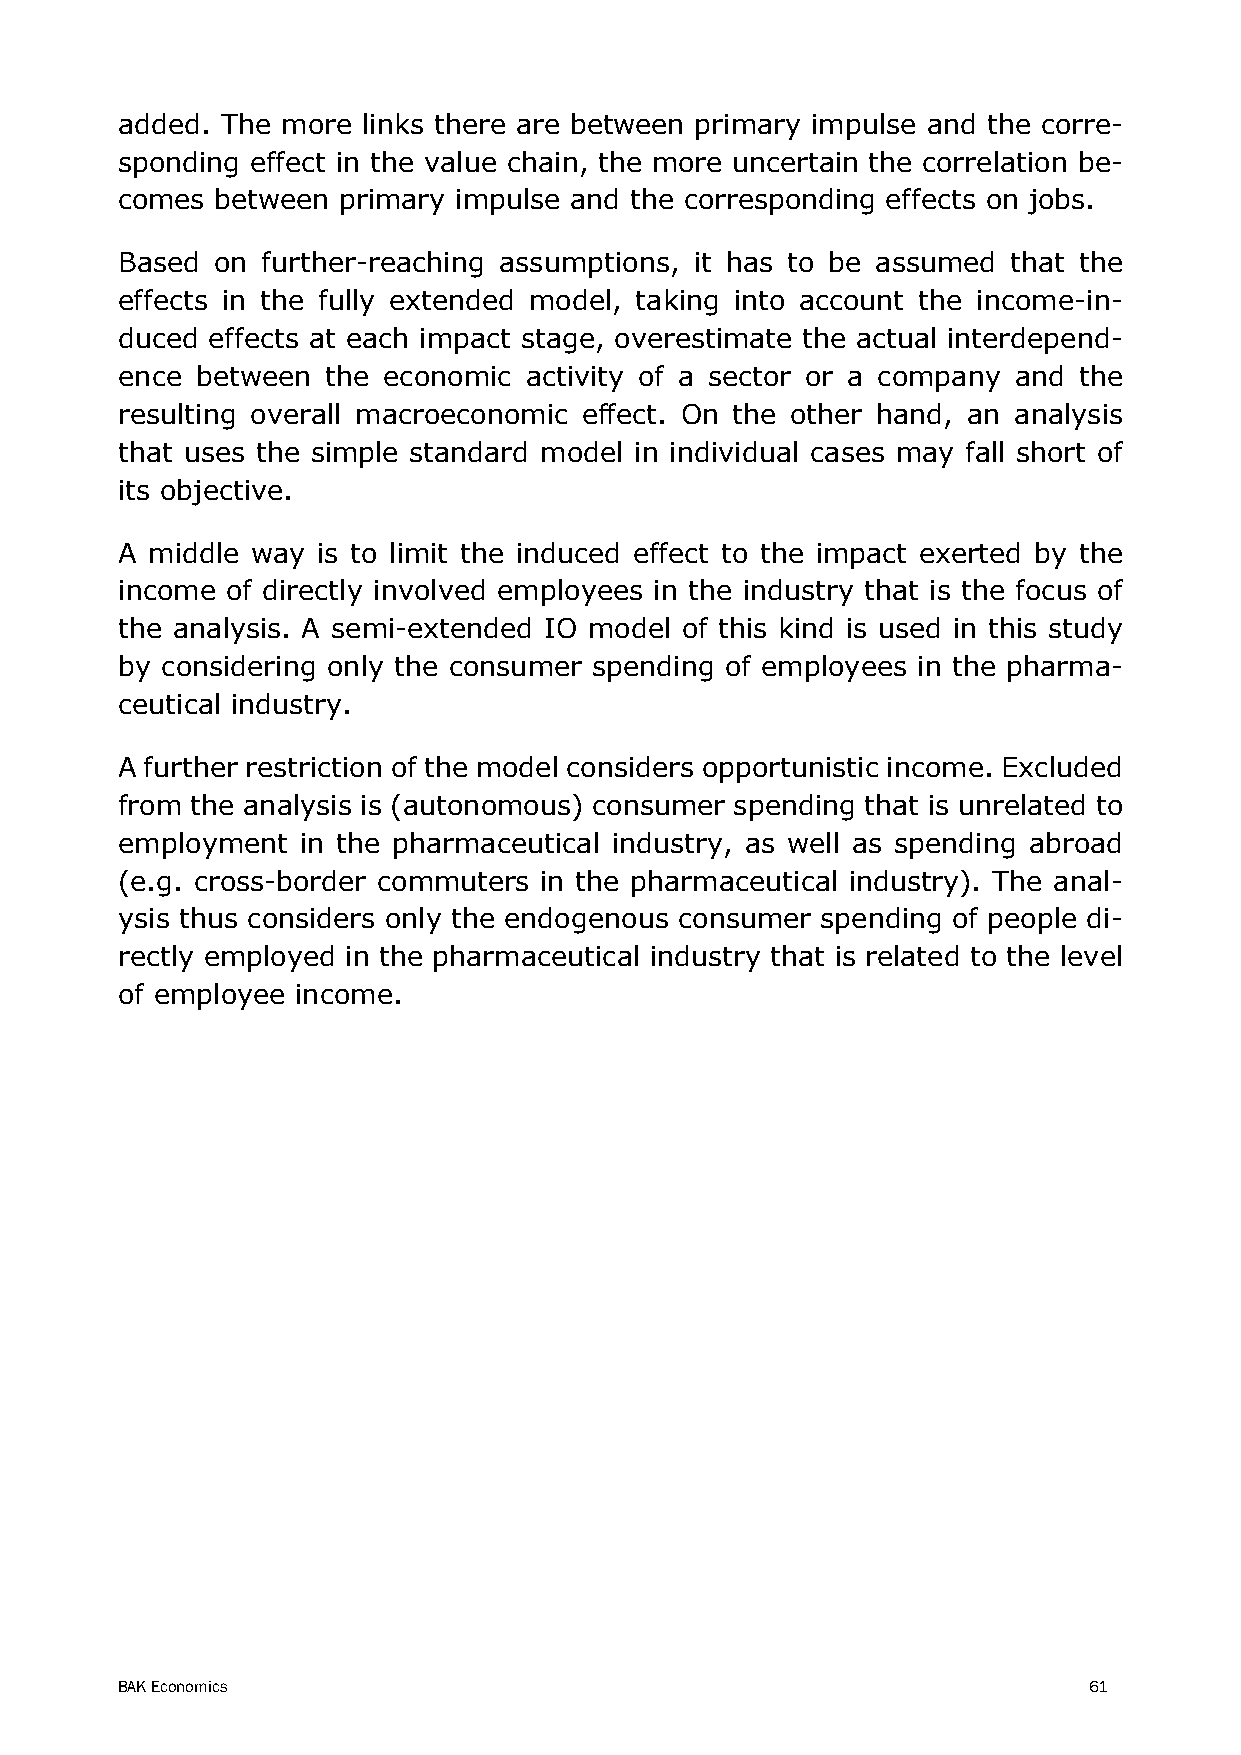
added. The more links there are between primary impulse and the corre-
 sponding effect in the value chain, the more uncertain the correlation be-
 comes between primary impulse and the corresponding effects on jobs.
 Based on further-reaching assumptions, it has to be assumed that the
 effects in the fully extended model, taking into account the income-in-
 duced effects at each impact stage, overestimate the actual interdepend-
 ence between  the economic activity of a sector or a company and the
 resulting overall macroeconomic effect. On the other hand, an analysis
 that uses the simple standard model in individual cases may fall short of
 its objective.
 A middle way is to limit the induced effect to the impact exerted by the
 income of directly involved employees in the industry that is the focus of
 the analysis. A semi-extended IO model of this kind is used in this study
 by considering only the consumer spending of employees in the pharma-
 ceutical industry.
 A further restriction of the model considers opportunistic income. Excluded
 from the analysis is (autonomous) consumer spending that is unrelated to
 employment  in the pharmaceutical industry, as well as spending abroad
 (e.g. cross-border commuters in the pharmaceutical industry). The anal-
 ysis thus considers only the endogenous consumer spending of people di-
 rectly employed in the pharmaceutical industry that is related to the level
 of employee income.
 BAK Economics                                                   61